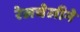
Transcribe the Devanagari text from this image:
रेलचेलीने